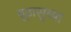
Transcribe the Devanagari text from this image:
बूढासुब्बा